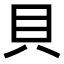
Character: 貝